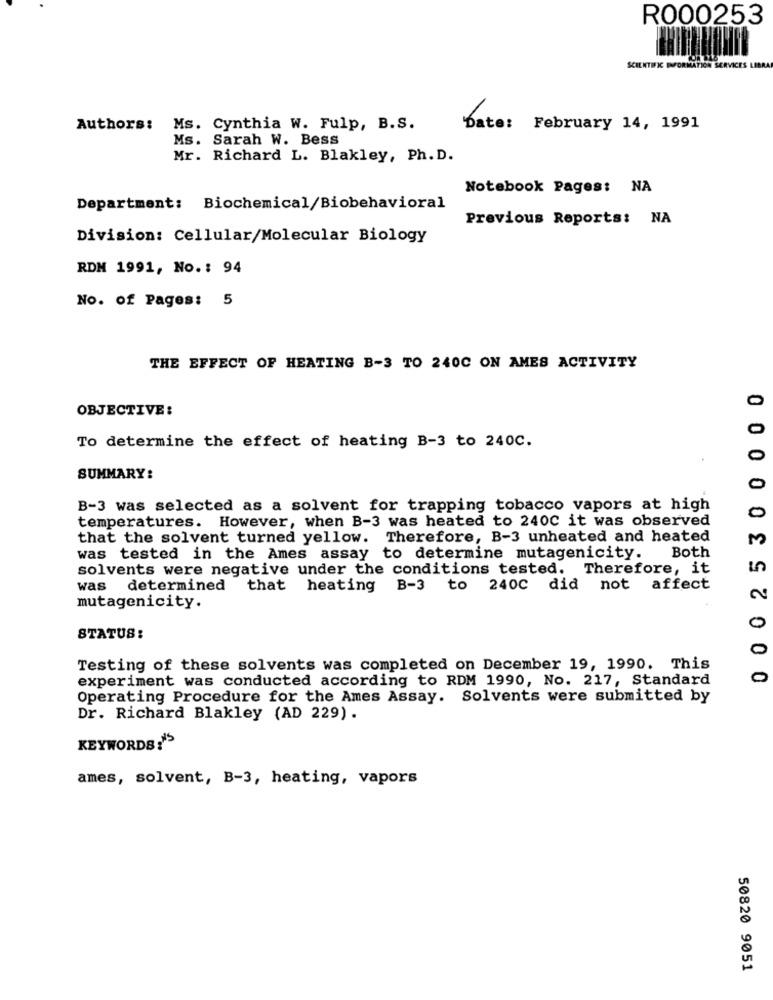
R000253
SCIENTIFIC INFORMAT
SERVICES LIBRA
Authors: Ms. Cynthia W. Fulp, B.S.
Date:
February 14, 1991
Ms. Sarah W. Bess
Mr. Richard L. Blakley, Ph. D.
Notebook Pages: NA
Department: Biochemical/Biobehavioral
Previous Reports: NA
Division: Cellular/Molecular Biology
RDM 1991, No .: 94
No. of Pages: 5
THE EFFECT OF HEATING B-3 TO 240C ON AMES ACTIVITY
OBJECTIVE:
0
To determine the effect of heating B-3 to 240C.
0
SUMMARY:
0
B-3 was selected as a solvent for trapping tobacco vapors at high
0
temperatures. However, when B-3 was heated to 240C it was observed
00000
that the solvent turned yellow. Therefore, B-3 unheated and heated
M
was tested in the Ames assay to determine mutagenicity.
Both
solvents were negative under the conditions tested. Therefore, it
was determined that heating B-3 to 240C did not affect
2
mutagenicity.
0
STATUS:
0
Testing of these solvents was completed on December 19, 1990. This
experiment was conducted according to RDM 1990, No. 217, Standard
0
Operating Procedure for the Ames Assay. Solvents were submitted by
Dr. Richard Blakley (AD 229).
KEYWORDS?
ames, solvent, B-3, heating, vapors
50820 9051